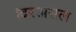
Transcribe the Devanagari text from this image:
।दरअसल